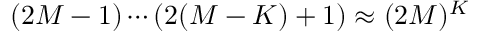
( 2 M - 1 ) \cdots ( 2 ( M - K ) + 1 ) \approx ( 2 M ) ^ { K }